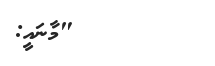
"މާނައީ: